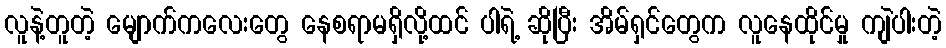
လူနဲ့တူတဲ့ မျောက်ကလေးတွေ နေစရာမရှိလို့ထင် ပါရဲ့ ဆိုပြီး အိမ်ရှင်တွေက လူနေထိုင်မှု ကျဲပါးတဲ့